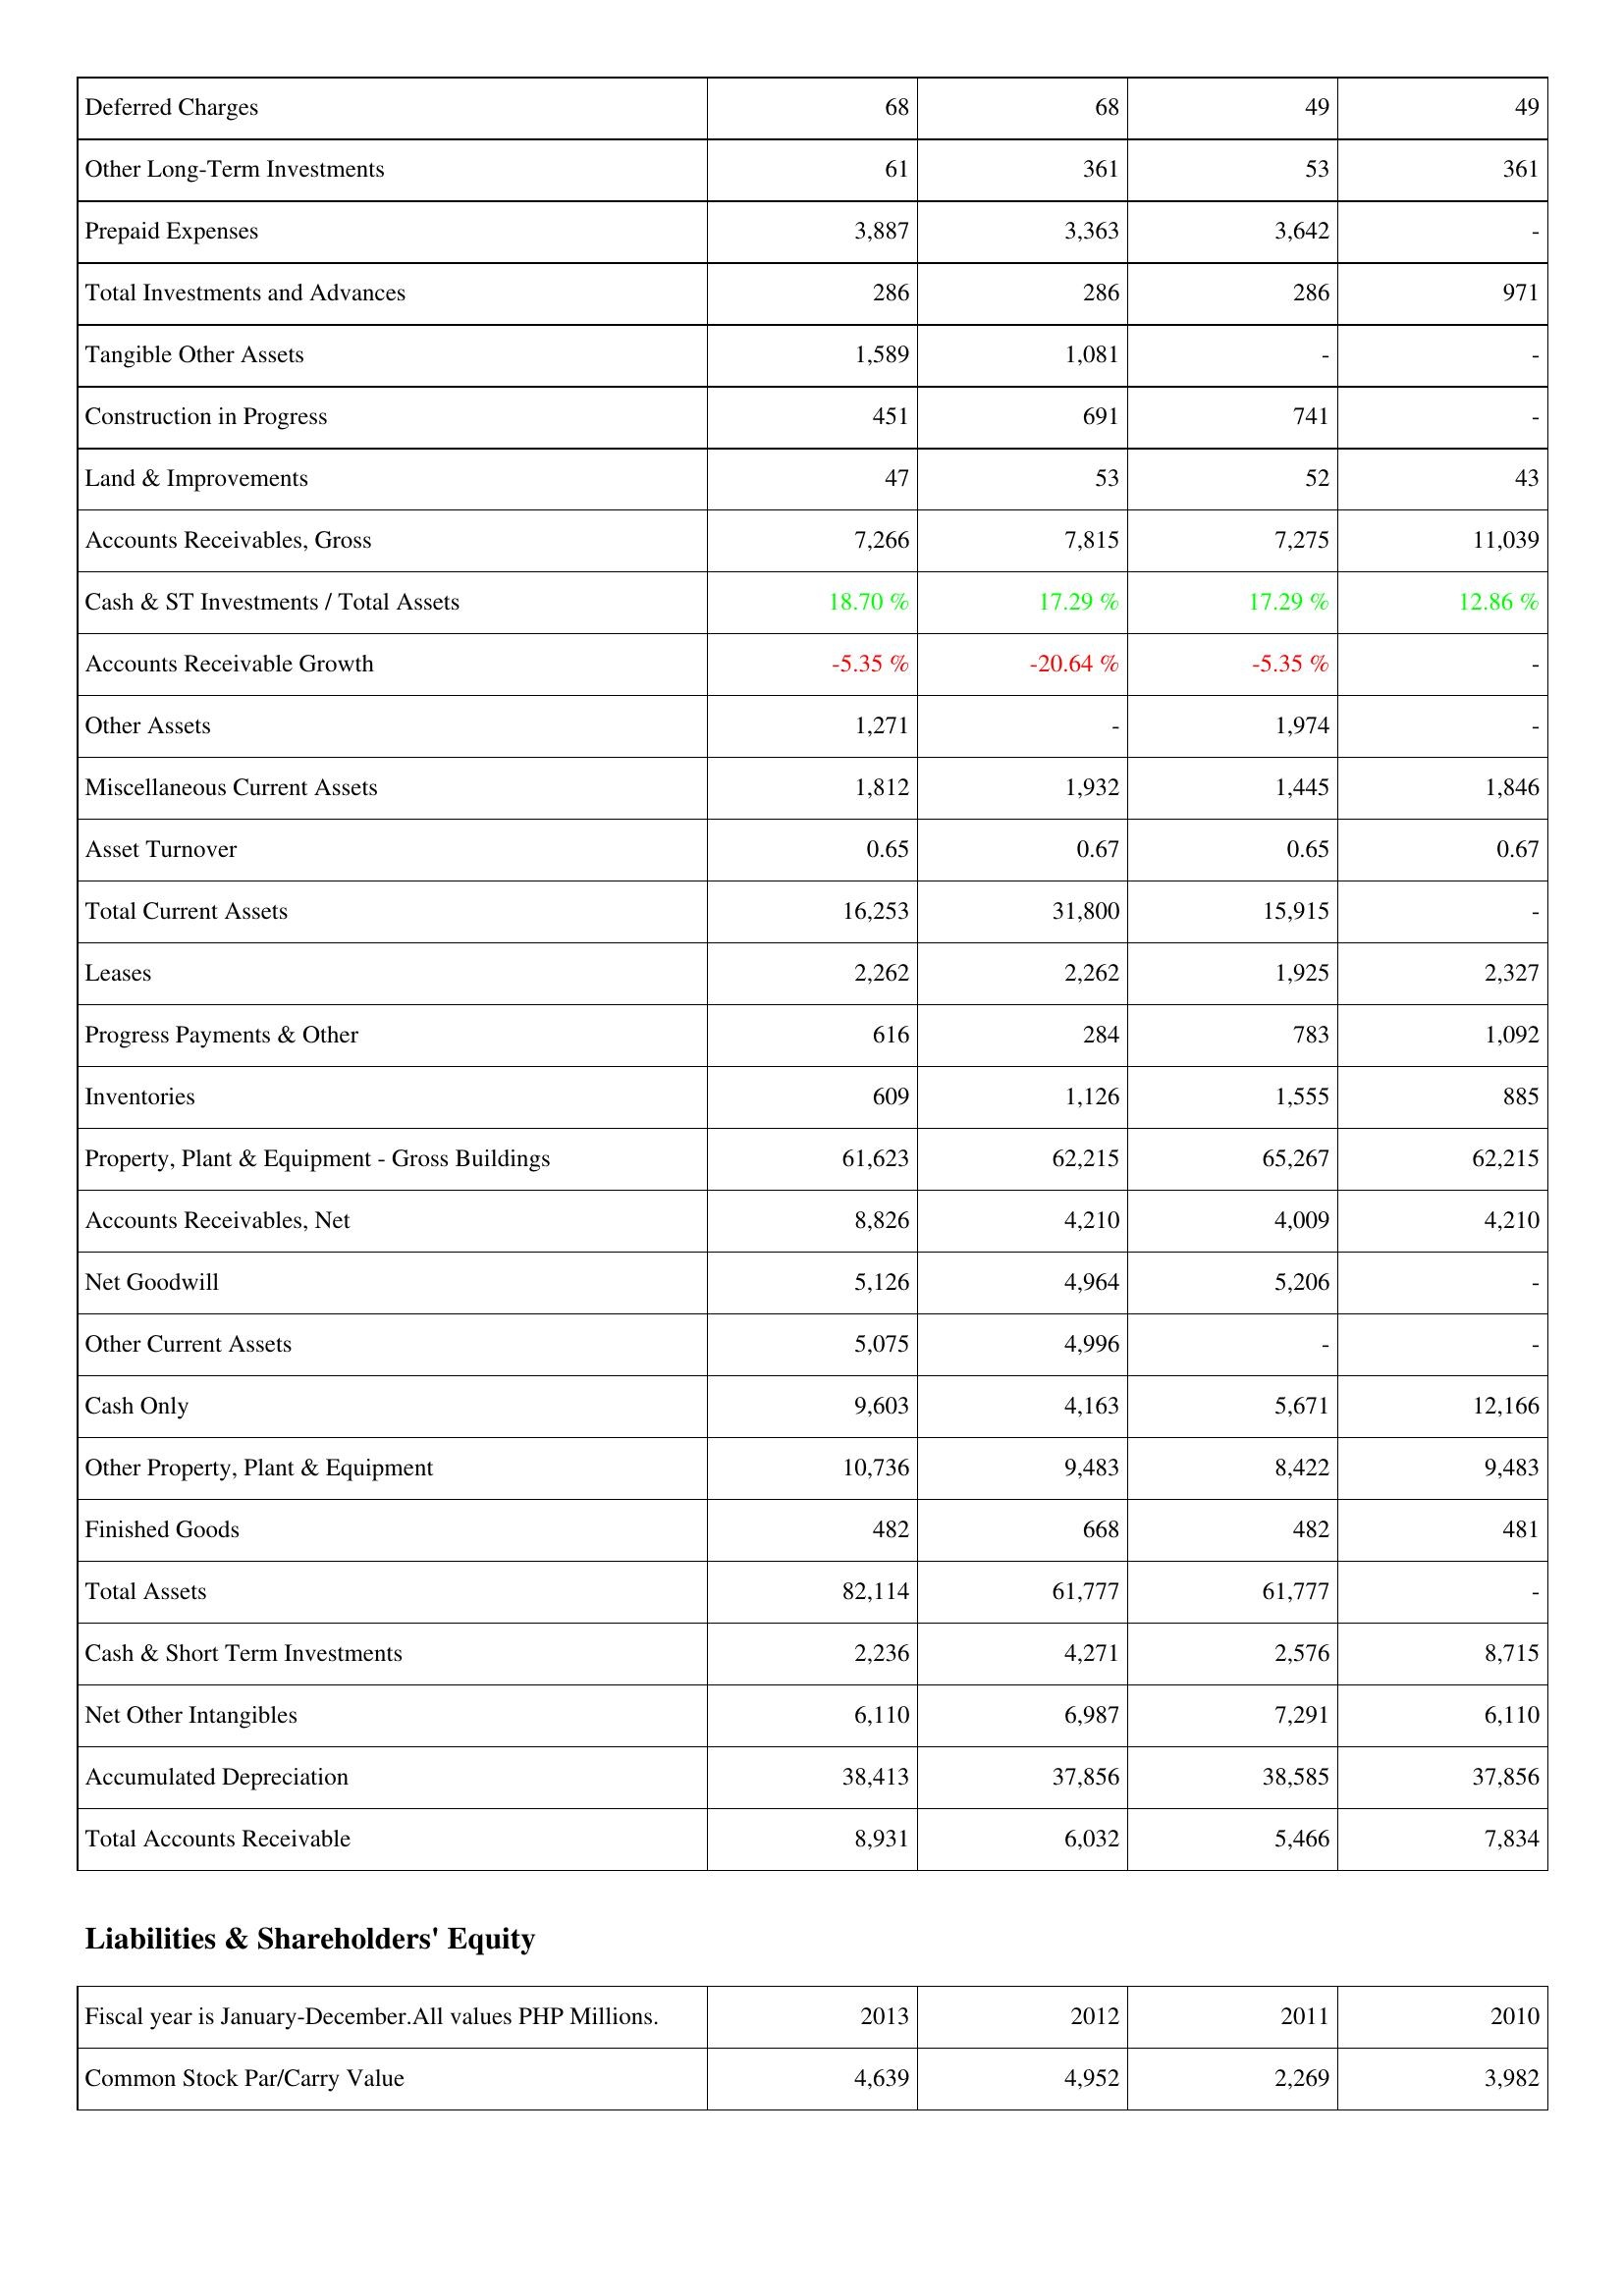
2013: Assets: Deferred Charges: 68
Other Long-Term Investments: 61
Prepaid Expenses: 3,887
Total Investments and Advances: 286
Tangible Other Assets: 1,589
Construction in Progress: 451
Land & Improvements: 47
Accounts Receivables, Gross: 7,266
Cash & ST Investments / Total Assets: 18.70 %
Accounts Receivable Growth: -5.35 %
Other Assets: 1,271
Miscellaneous Current Assets: 1,812
Asset Turnover: 0.65
Total Current Assets: 16,253
Leases: 2,262
Progress Payments & Other: 616
Inventories: 609
Property, Plant & Equipment - Gross Buildings: 61,623
Accounts Receivables, Net: 8,826
Net Goodwill: 5,126
Other Current Assets: 5,075
Cash Only: 9,603
Other Property, Plant & Equipment: 10,736
Finished Goods: 482
Total Assets: 82,114
Cash & Short Term Investments: 2,236
Net Other Intangibles: 6,110
Accumulated Depreciation: 38,413
Total Accounts Receivable: 8,931
Liabilities & Shareholders' Equity: Common Stock Par/Carry Value: 4,639
2012: Assets: Deferred Charges: 68
Other Long-Term Investments: 361
Prepaid Expenses: 3,363
Total Investments and Advances: 286
Tangible Other Assets: 1,081
Construction in Progress: 691
Land & Improvements: 53
Accounts Receivables, Gross: 7,815
Cash & ST Investments / Total Assets: 17.29 %
Accounts Receivable Growth: -20.64 %
Other Assets: -
Miscellaneous Current Assets: 1,932
Asset Turnover: 0.67
Total Current Assets: 31,800
Leases: 2,262
Progress Payments & Other: 284
Inventories: 1,126
Property, Plant & Equipment - Gross Buildings: 62,215
Accounts Receivables, Net: 4,210
Net Goodwill: 4,964
Other Current Assets: 4,996
Cash Only: 4,163
Other Property, Plant & Equipment: 9,483
Finished Goods: 668
Total Assets: 61,777
Cash & Short Term Investments: 4,271
Net Other Intangibles: 6,987
Accumulated Depreciation: 37,856
Total Accounts Receivable: 6,032
Liabilities & Shareholders' Equity: Common Stock Par/Carry Value: 4,952
2011: Assets: Deferred Charges: 49
Other Long-Term Investments: 53
Prepaid Expenses: 3,642
Total Investments and Advances: 286
Tangible Other Assets: -
Construction in Progress: 741
Land & Improvements: 52
Accounts Receivables, Gross: 7,275
Cash & ST Investments / Total Assets: 17.29 %
Accounts Receivable Growth: -5.35 %
Other Assets: 1,974
Miscellaneous Current Assets: 1,445
Asset Turnover: 0.65
Total Current Assets: 15,915
Leases: 1,925
Progress Payments & Other: 783
Inventories: 1,555
Property, Plant & Equipment - Gross Buildings: 65,267
Accounts Receivables, Net: 4,009
Net Goodwill: 5,206
Other Current Assets: -
Cash Only: 5,671
Other Property, Plant & Equipment: 8,422
Finished Goods: 482
Total Assets: 61,777
Cash & Short Term Investments: 2,576
Net Other Intangibles: 7,291
Accumulated Depreciation: 38,585
Total Accounts Receivable: 5,466
Liabilities & Shareholders' Equity: Common Stock Par/Carry Value: 2,269
2010: Assets: Deferred Charges: 49
Other Long-Term Investments: 361
Prepaid Expenses: -
Total Investments and Advances: 971
Tangible Other Assets: -
Construction in Progress: -
Land & Improvements: 43
Accounts Receivables, Gross: 11,039
Cash & ST Investments / Total Assets: 12.86 %
Accounts Receivable Growth: -
Other Assets: -
Miscellaneous Current Assets: 1,846
Asset Turnover: 0.67
Total Current Assets: -
Leases: 2,327
Progress Payments & Other: 1,092
Inventories: 885
Property, Plant & Equipment - Gross Buildings: 62,215
Accounts Receivables, Net: 4,210
Net Goodwill: -
Other Current Assets: -
Cash Only: 12,166
Other Property, Plant & Equipment: 9,483
Finished Goods: 481
Total Assets: -
Cash & Short Term Investments: 8,715
Net Other Intangibles: 6,110
Accumulated Depreciation: 37,856
Total Accounts Receivable: 7,834
Liabilities & Shareholders' Equity: Common Stock Par/Carry Value: 3,982